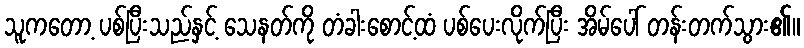
သူကတော့ ပစ်ပြီးသည်နှင့် သေနတ်ကို တံခါးစောင့်ထံ ပစ်ပေးလိုက်ပြီး အိမ်ပေါ် တန်းတက်သွား၏။